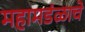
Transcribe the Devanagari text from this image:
महामडंळाचे